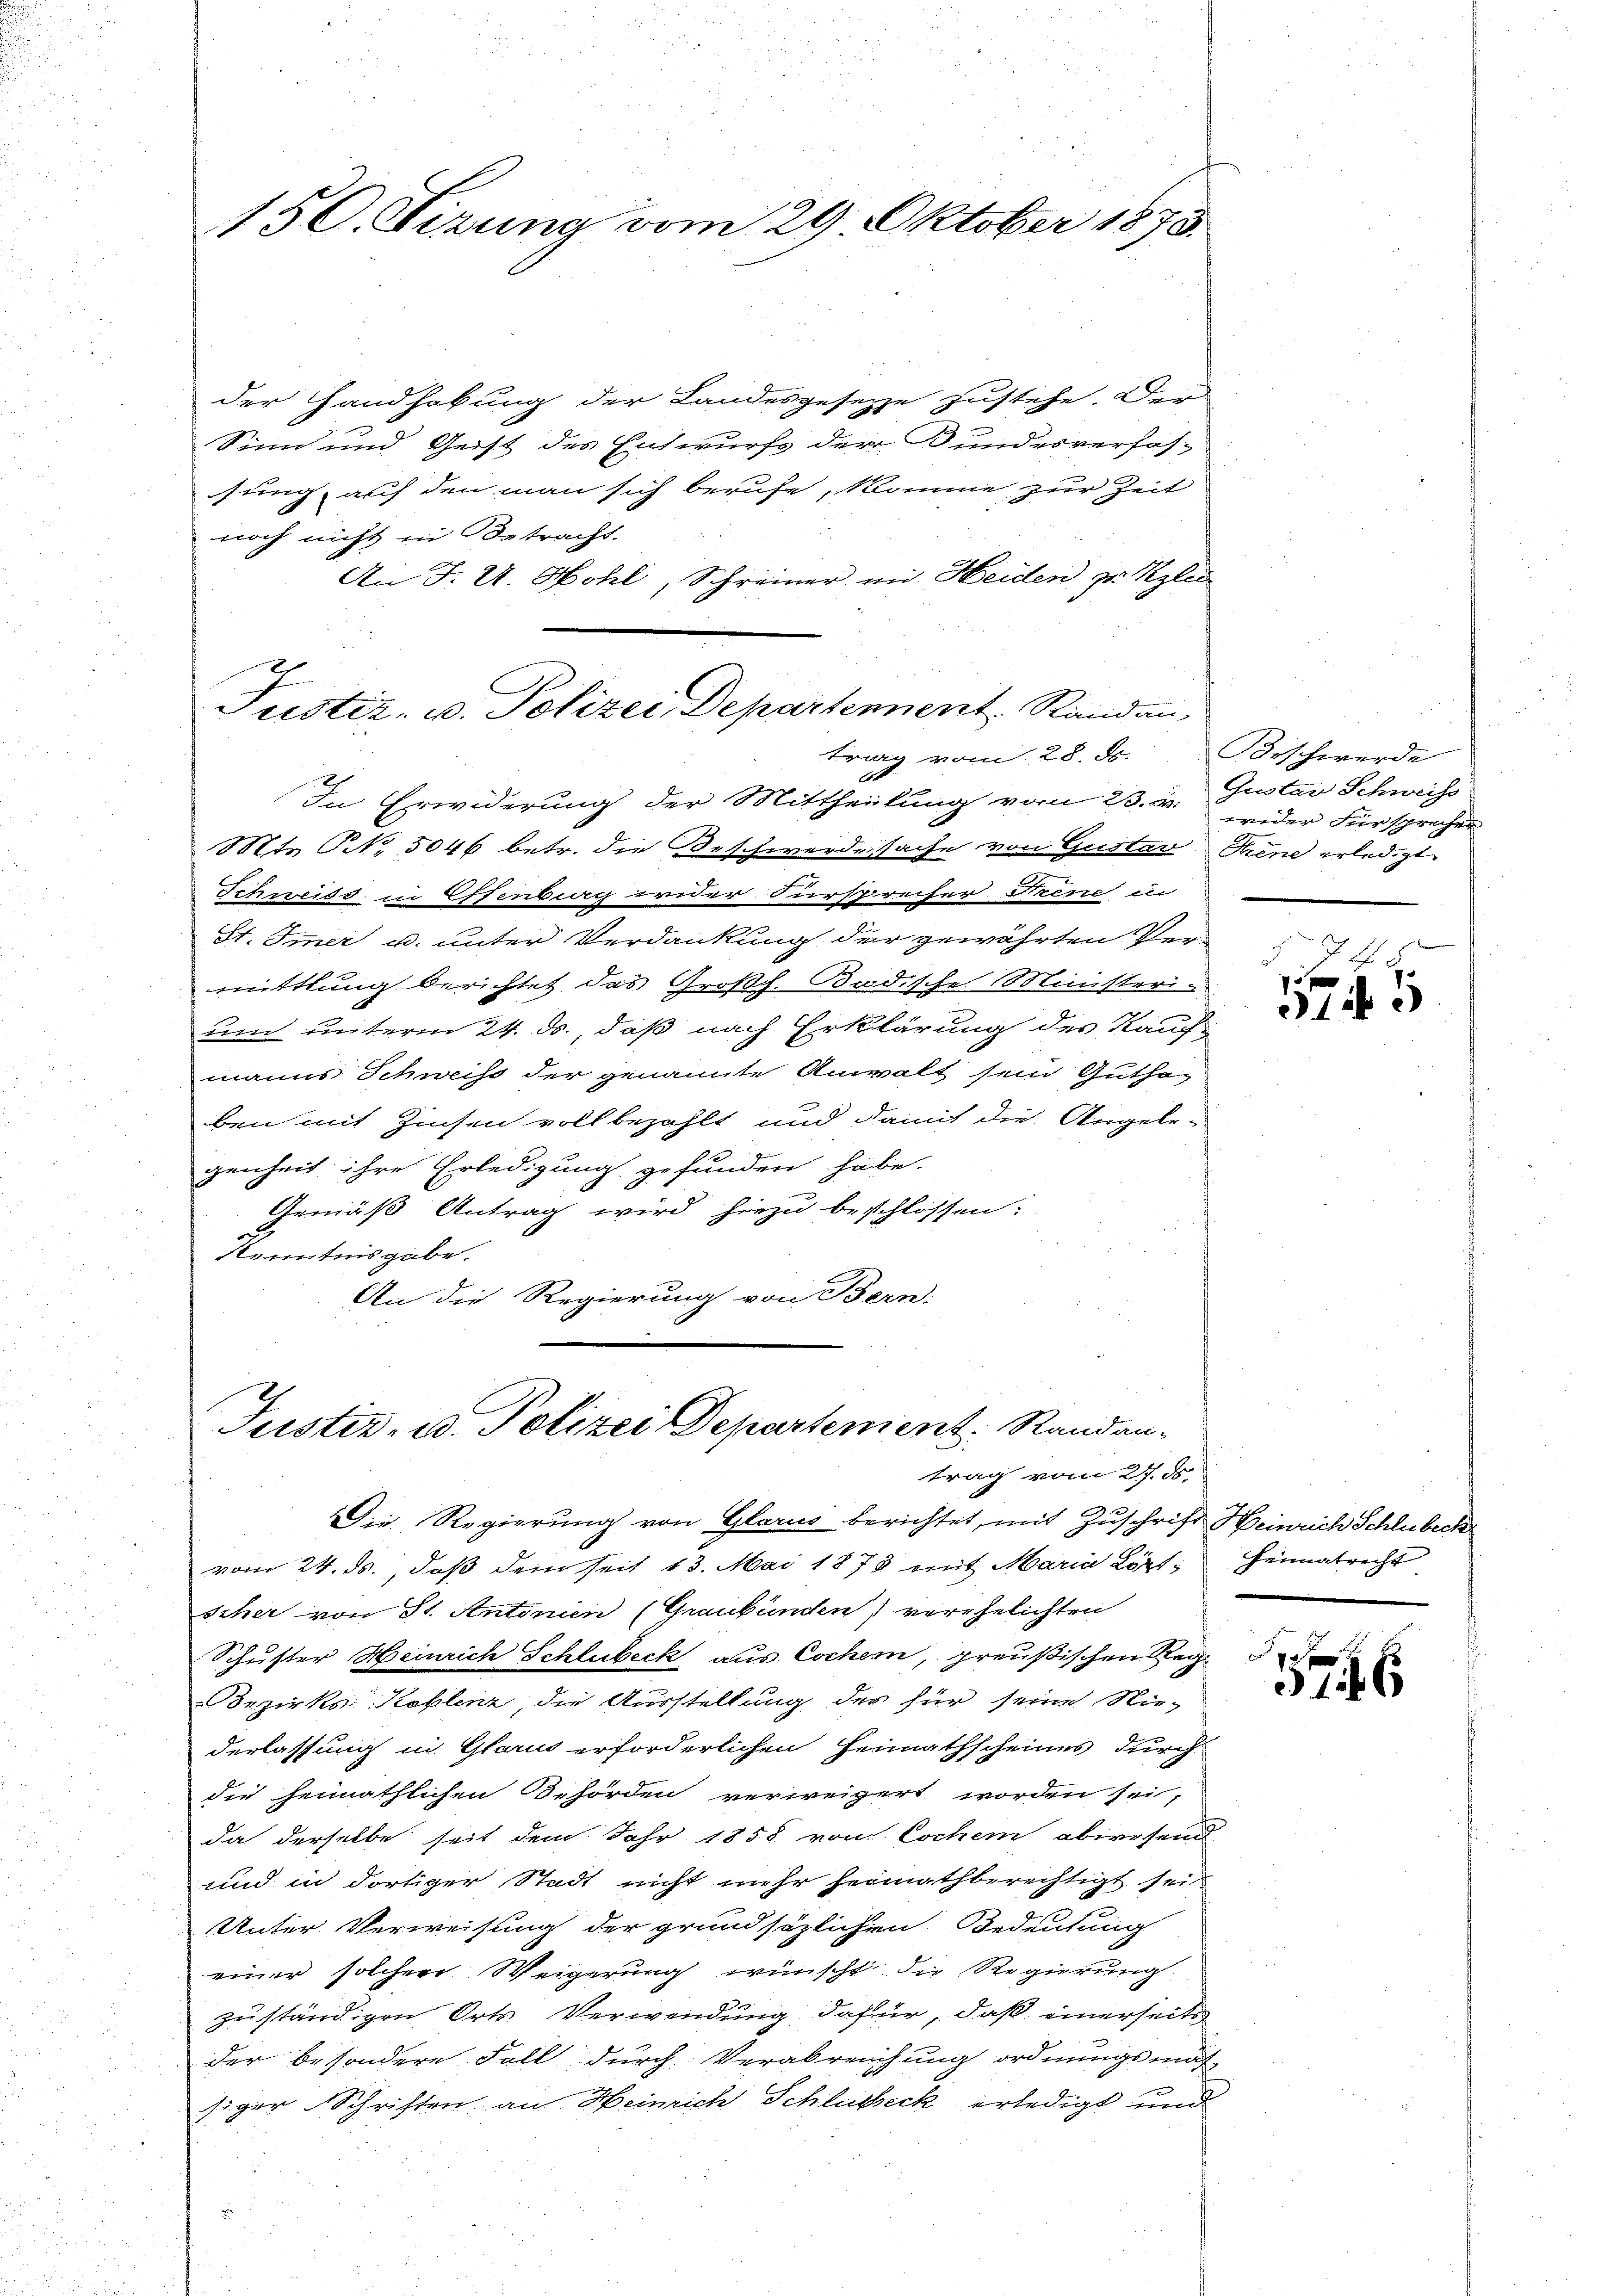
150. Sizung vom 29. Oktober 1873.

der Handhabung der Landesgesetze zustehe. Der
Sinn und Geist des Entwurfs der Bundesverfas-
sung, auf den man sich berufe, komme zur Zeit
noch nicht in Betracht.
An J. U. Hohl, Schreiner im Heiden zu Klei¬

Justiz- u. Polizei, Departennent Randau,
trag vom 28. ds. Beschwerde

1
In Erwiderung der Mittheilung vom 23. J.
Mtr. C. 5046 betr. die Beschwerde sache von Gustav Trene erledigt
Schweiss in Essenberg wider Fürspreiser Frene in
St. Immer u. unter Verdankung der gewährten Ver
mittlung berichtet das Großh. Badische Ministerium unterm 24. ds., daß nach Erklärung des Kaufmanns Schweiss der genannte Anwalt sein Guthaben mit Zinsen voll bezahlt und damit die Angelegenheit ihre Erledigung gefunden habe.
Gemäß Antrag wird hiezu beschlossen:
Könntnisgabe.
An die Regierung von Bern.

Justiz- u. Polizei Departement: Randantrag vom 27. d.

Die Regierung von Glarus berichtet, mit Zuschrift Heinrich Schlubeck
vom 24. ds., daß dem seit 13. Mai 1878 mit Maria Köpf Heimatrecht
scher von St. Antonien (Graubünden) verehelichten
Schuster Heinrich Schlubeck aus Eschem, preußischen Reg
Bezirks Koblenz, die Ausstellung des für seine Nie-
derlassung in Glarus erforderlichen Heimathscheines durch
die heimathlichen Behörden verweigert worden sei,
da derselbe seit dem Jahr 1858 von Cochen abwesend
und in dortiger Stadt nicht mehr heimathberechtigt sei.
Unter Verweisung der grundsäzlichen Bedeutung
einer solchen Weigerung wünscht die Regierung
zuständigen Orts Verwendung dafür, daß einerseits
der besondere Fall durch Verabreichung ordnungsmah
siger Schriften an Heinrich Schlusseck erledigt und

Gustav Schweiss
weder Fürsprechen

748
e
O145

p
116